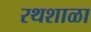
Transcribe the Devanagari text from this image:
रथशाळा